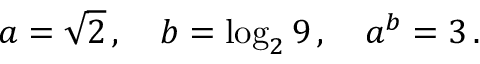
a = { \sqrt { 2 } } \, , \quad b = \log _ { 2 } 9 \, , \quad a ^ { b } = 3 \, .